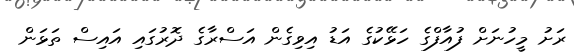
ރަށު މީހުނަށް ފުއާފްގެ ހަޅޭކުގެ އަޑު އިވިގެން އަސްރާގެ ދޮރުގައި އައިސް ތަޅަން